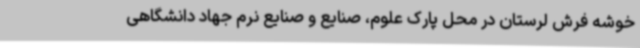
خوشه فرش لرستان در محل پارک علوم، صنایع و صنایع نرم جهاد دانشگاهی